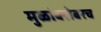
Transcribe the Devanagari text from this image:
मुळांबरोबरच